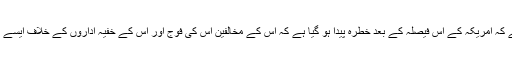
ماہرین کا خیال ہے کہ امریکہ کے اس فیصلہ کے بعد خطرہ پیدا ہو گیا ہے کہ اس کے مخالفین اس کی فوج اور اس کے خفیہ اداروں کے خلاف ایسے ہی اقدام کریں گے۔